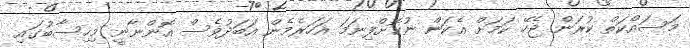
މަސައްކަތް ކުރަން ޖެހޭ ކަމަށް އެކަން ނުކޮށްފިނަމަ އަހަރެމެން އަބަދުވެސް އޮންނާނީ މިހިސާބުގައި